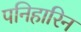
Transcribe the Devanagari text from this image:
पनिहारिन